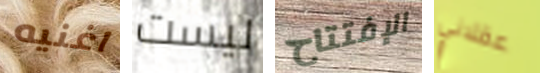
اغنيه ليست الإفتتاح عقلاني